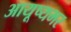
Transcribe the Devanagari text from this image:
आयूष्यभर